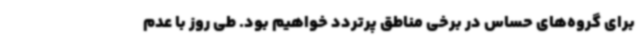
برای گروه‌های حساس در برخی مناطق پرتردد خواهیم بود. طی روز با عدم